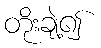
တိုးချဲ့၍